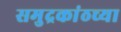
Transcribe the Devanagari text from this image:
समुद्रकांठच्या